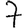
Digit: 7